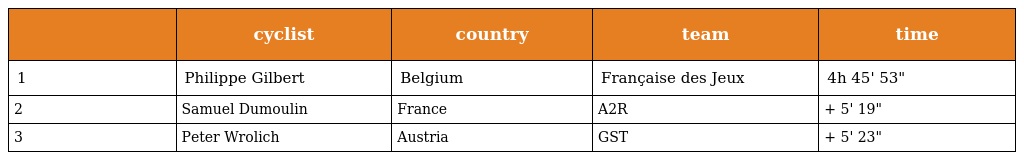
|  | cyclist | country | team | time |
 | --- | --- | --- | --- | --- |
 | 1 | Philippe Gilbert | Belgium | Française des Jeux | 4h 45' 53" |
 | 2 | Samuel Dumoulin | France | A2R | + 5' 19" |
 | 3 | Peter Wrolich | Austria | GST | + 5' 23" |